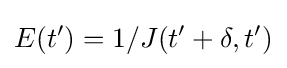
E(t')=1/J(t'+\delta ,t')